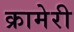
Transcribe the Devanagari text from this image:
क्रामेरी